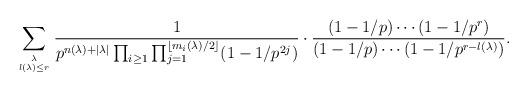
LaTeX: \begin{align*} \sum_{\lambda \atop l(\lambda) \leq r} \frac{1}{p^{n(\lambda)+|\lambda|} \prod_{i \geq 1} \prod_{j=1}^{\lfloor m_i(\lambda)/2 \rfloor} (1-1/p^{2j})} \cdot \frac{(1-1/p) \cdots (1-1/p^r)}{(1-1/p) \cdots (1-1/p^{r-l(\lambda)})} .\end{align*}